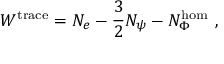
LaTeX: W ^ { \mathrm { t r a c e } } = { \cal N } _ { e } - \frac 3 2 { \cal N } _ { \psi } - { \cal N } _ { \Phi } ^ { \mathrm { h o m } } \, \, ,